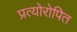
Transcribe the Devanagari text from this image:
प्रत्योरोपित